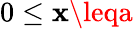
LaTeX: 0\leq\mathbf{x}\leqa